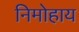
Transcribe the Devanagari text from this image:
निमोहाय